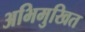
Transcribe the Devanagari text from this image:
अभिमुखित